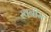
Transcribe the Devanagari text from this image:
स्वनीम